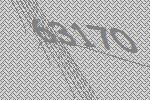
63170